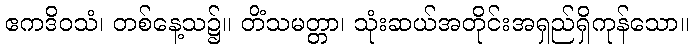
ဧကဒိဝသံ၊ တစ်နေ့သ၌။ တိံသမတ္တာ၊ သုံးဆယ်အတိုင်းအရှည်ရှိကုန်သော။